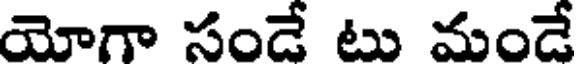
యోగా సండే టు మండే